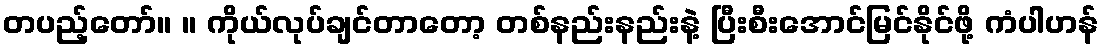
တပည့်တော်။ ။ ကိုယ်လုပ်ချင်တာတော့ တစ်နည်းနည်းနဲ့ ပြီးစီးအောင်မြင်နိုင်ဖို့ ကံပါဟန်